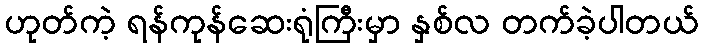
ဟုတ်ကဲ့ ရန်ကုန်ဆေးရုံကြီးမှာ နှစ်လ တက်ခဲ့ပါတယ်